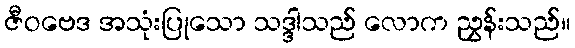
ဇီဝဗေဒ အသုံးပြုသော သဒ္ဒါသည် လောက ညွှန်းသည်။